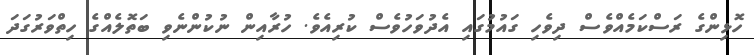
ހޮޅިންގެ ރަސްކަމެއްވެސް ދިވެހި ގައުމުގައި އެދުވަހުވެސް ކުރިއެވެ. ހުރާއިން ނުކުންނެވި ބަތޮލެއްގެ ހިތްވަރުގަދަ